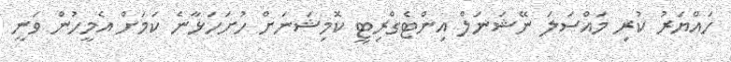
ހައްޔަރު ކުރި މައްސަލަ ނޭޝަނަލް އިންޓެގްރިޓީ ކޮމިޝަނަށް ހުށަހަޅާނެ ކަމަށް އެމީހުން ވަނީ